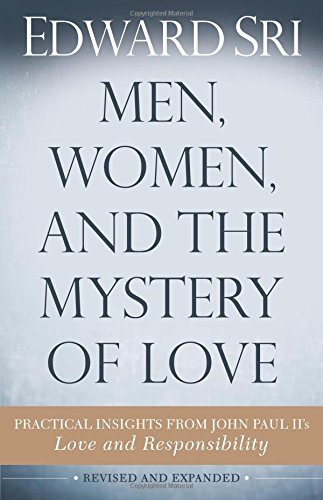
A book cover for Men, Women, and the Mystery of Love: Practical Insights from John Paul IIEEs Love and Responsibility; Edward Sri; Christian Books & Bibles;